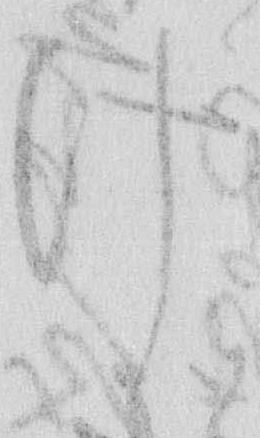
け